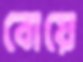
বোয়ে